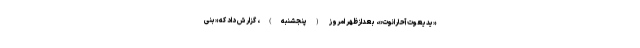
«یدیعوت‌ آحارانوت»، بعداز‌ظهر امروز (پنجشنبه)، گزارش داد که «بنی